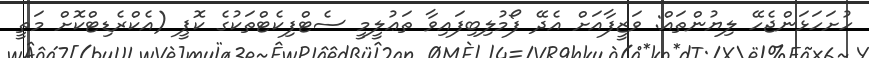
ހުށަހަޅަންޖެހޭ ލިޔުންތައް: ވަޒީފާއަށް އެދޭ ފޯމުލިބިފައިވާ ތަޢުލީމީ ސެޓްފިކެޓްތަކުގެ ކޮޕީ (އެކްރެޑިޓްކޮށް މަތީ